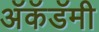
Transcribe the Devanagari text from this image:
अॅकॅडॅमी